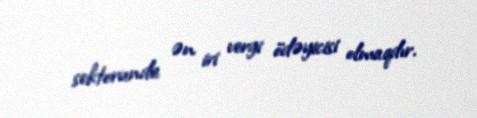
sektorunda ən iri vergi ödəyicisi olmaqdır.